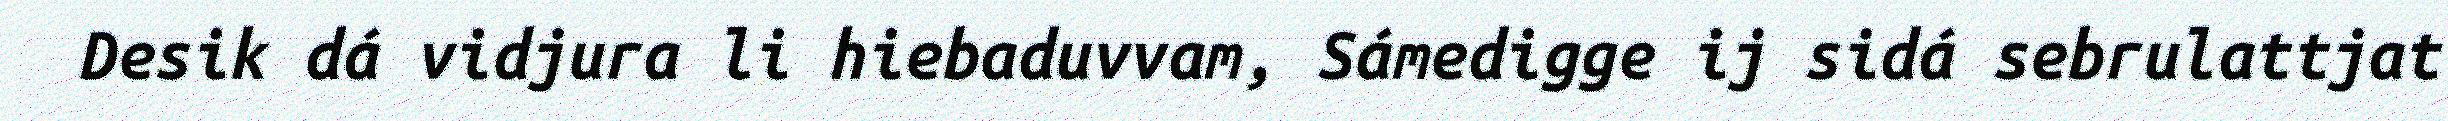
Desik dá vidjura li hiebaduvvam, Sámedigge ij sidá sebrulattjat